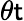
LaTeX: \theta\mathsf{t}